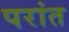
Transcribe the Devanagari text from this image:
परांत